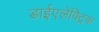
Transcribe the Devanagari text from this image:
डाईएलेक्ट्रिक